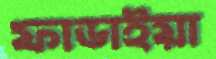
ফাডাইয়া